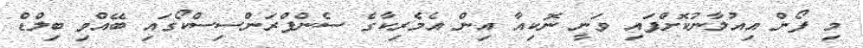
މި ފޯން އިއުލާނުކޮށްފައި ވަނީ ނޮކިއާ އިން އެމެރިކާގެ ސެންފްރަންސިސްކޯގައި ބޭއްވި ބިލްޑް